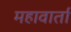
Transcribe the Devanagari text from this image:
महावार्ता